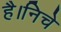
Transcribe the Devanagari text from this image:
है।निचे